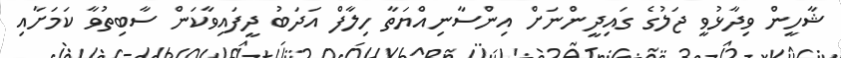
ޝާހީން ވިދާޅުވީ ޖަލުގެ ގައިދީންނަށް އިންސާނިއްޔަތާ ހިލާފް އަދަބު ދީފައިވާކަން ސާބިތުވާ ކަމަށާއި